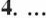
4....